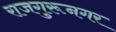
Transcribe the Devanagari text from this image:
राजगुरूनगर